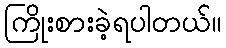
ကြိုးစားခဲ့ရပါတယ်။